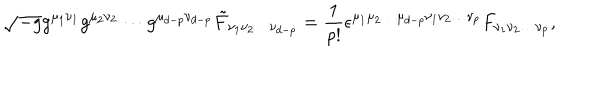
LaTeX: \sqrt { - g } g ^ { \mu _ { 1 } \nu _ { 1 } } g ^ { \mu _ { 2 } \nu _ { 2 } } \cdots g ^ { \mu _ { d - p } \nu _ { d - p } } { \tilde { F } } _ { \nu _ { 1 } \nu _ { 2 } \ldots \nu _ { d - p } } = \frac { 1 } { p ! } \epsilon ^ { \mu _ { 1 } \mu _ { 2 } \ldots \mu _ { d - p } \nu _ { 1 } \nu _ { 2 } \ldots \nu _ { p } } F _ { \nu _ { 1 } \nu _ { 2 } \ldots \nu _ { p } } ,